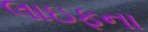
લાઇફના